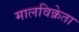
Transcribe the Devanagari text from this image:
मालविक्रेता